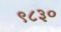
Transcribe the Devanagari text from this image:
९८३०